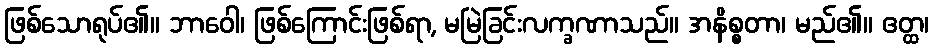
ဖြစ်သောရုပ်၏။ ဘာဝေါ၊ ဖြစ်ကြောင်းဖြစ်ရာ, မမြဲခြင်းလက္ခဏာသည်။ အနိစ္စတာ၊ မည်၏။ ဧတ္ထ၊